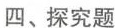
四、探究题